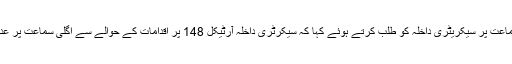
عدالت نے اگلی سماعت پر سیکریٹری داخلہ کو طلب کرتے ہوئے کہا کہ سیکرٹری داخلہ آرٹیکل 148 پر اقدامات کے حوالے سے اگلی سماعت پر عدالت کو آگاہ کریں۔